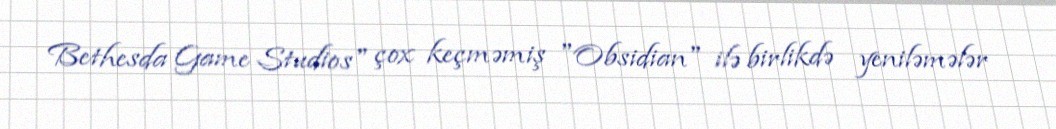
Bethesda Game Studios" çox keçməmiş "Obsidian" ilə birlikdə yeniləmələr